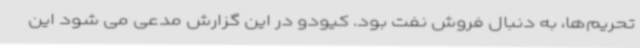
تحریم‌ها، به دنبال فروش نفت بود. کیودو در این گزارش مدعی می شود این